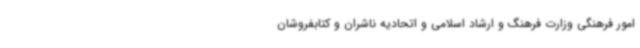
امور فرهنگی وزارت فرهنگ و ارشاد اسلامی و اتحادیه ناشران و کتابفروشان